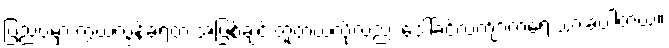
ပြည်ပမှာ ကွယ်လွန်ခဲ့ရတဲ့ အဖြစ်ချင်းတူတယ်လို့လည်း ဒေါ်ခင်လက်ျာကရေးသားခဲ့ပါတယ်။